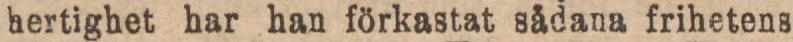
hertighet har han förkastat sådana frihetens